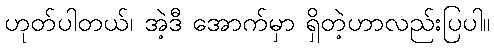
ဟုတ်ပါတယ်၊ အဲ့ဒီ အောက်မှာ ရှိတဲ့ဟာလည်းပြပါ။